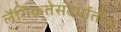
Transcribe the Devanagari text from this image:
लैंगिकतेसंदर्भातील